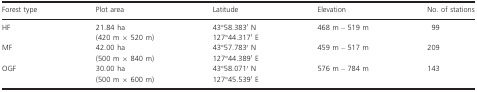
<table><thead><tr><td><b>Forest type</b></td><td><b>Plot area</b></td><td><b>Latitude</b></td><td><b>Elevation</b></td><td><b>No. of stations</b></td></tr></thead><tbody><tr><td rowspan="2">HF</td><td>21.84 ha</td><td>43°58.383′ N</td><td rowspan="2">468 m – 519 m</td><td rowspan="2">99</td></tr><tr><td>(420 m × 520 m)</td><td>127°44.317′ E</td></tr><tr><td rowspan="2">MF</td><td>42.00 ha</td><td>43°57.783′ N</td><td rowspan="2">459 m – 517 m</td><td rowspan="2">209</td></tr><tr><td>(500 m × 840 m)</td><td>127°44.389′ E</td></tr><tr><td rowspan="2">OGF</td><td>30.00 ha</td><td>43°58.071′ N</td><td rowspan="2">576 m – 784 m</td><td rowspan="2">143</td></tr><tr><td>(500 m × 600 m)</td><td>127°45.539′ E</td></tr></tbody></table>